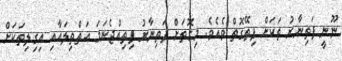
ނޫނީ ފަތިނާރު ތަކަށް ފިތޭގޮތް ވެއެވެ. މިގޮތަށް ފަތިނާރު ފިތިއްޖެނަމަ އަތްތިލައާއި އިގިލިތަކަށް